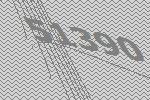
51390